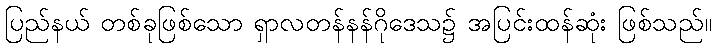
ပြည်နယ် တစ်ခုဖြစ်သော ရှာလတန်နန်ဂိုဒေသ၌ အပြင်းထန်ဆုံး ဖြစ်သည်။